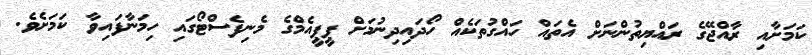
ކަމަށާއި ރާއްޖޭގެ ރައްޔިތުންނަށް އެތައް ހައްގުތަކެއް ހޯދައިދިނުމަށް ޕީޕީއެމްގެ މެނިފެސްޓޯގައި ހިމަނާފައިވާ ކަމަށެވެ.